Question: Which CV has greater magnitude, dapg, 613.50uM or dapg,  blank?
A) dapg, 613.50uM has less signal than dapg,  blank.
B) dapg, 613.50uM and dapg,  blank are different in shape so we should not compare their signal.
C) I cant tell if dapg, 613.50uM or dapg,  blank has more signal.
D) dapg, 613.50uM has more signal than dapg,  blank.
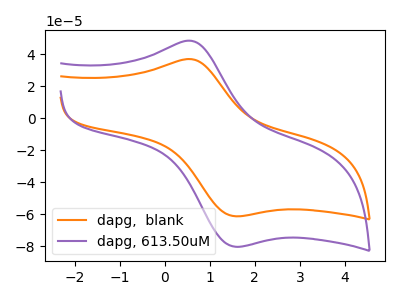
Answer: <think>The orange curve "dapg,  blank" has an anodic peak at (0.65V, 36.70uA) and a cathodic peak at (1.70V, -61.20uA). The purple curve "dapg, 613.50uM" has an anodic peak at (0.65V, 48.10uA) and a cathodic peak at (1.70V, -80.20uA).
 All the peaks in "dapg, 613.50uM" have a peak in "dapg,  blank" at the same potential. Every peak in "dapg, 613.50uM" is higher than every peak in "dapg,  blank".</think>
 <answer>D) "dapg, 613.50uM" has more signal than "dapg,  blank".</answer>
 <eval>D</eval>